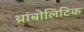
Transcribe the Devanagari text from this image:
थ्रांबोलिटिक